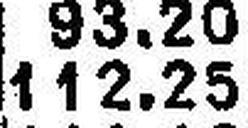
112.25